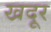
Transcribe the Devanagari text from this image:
खदूर